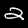
Digit: 2